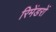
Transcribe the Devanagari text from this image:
रिमेंडरों